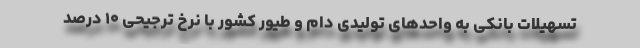
تسهیلات بانکی به واحدهای تولیدی دام و طیور کشور با نرخ ترجیحی ۱۰ درصد